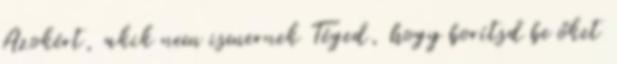
Azokért, akik nem ismernek Téged, hogy borítsd be őket